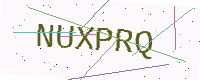
Text: NUXPRQ